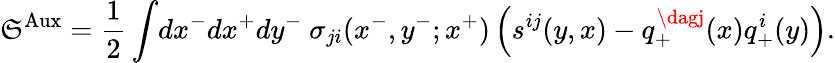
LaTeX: \mathfrak{S}^{\mathrm{{Aux}}}=\frac{{1}}{{2}}\int\! dx^{-}dx^{+}dy^{-}~\sigma_{ji}(x^{-},y^{-};x^{+})\left(s^{ij}(y,x)-q_{+}^{\dagj}(x)q_{+}^{i}(y)\right).